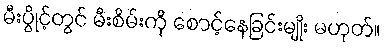
မီးပွိုင့်တွင် မီးစိမ်းကို စောင့်နေခြင်းမျိုး မဟုတ်။